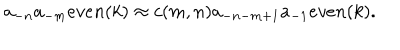
a _ { - n } a _ { - m } e v e n ( k ) \approx c ( m , n ) a _ { - n - m + 1 } a _ { - 1 } e v e n ( k ) .